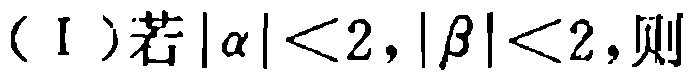
（Ⅰ）若\(|\alpha |<2,|\beta |<2\)，则